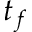
t _ { f }